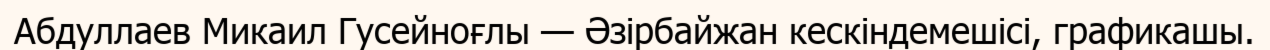
Абдуллаев Микаил Гусейноғлы — Әзірбайжан кескіндемешісі, графикашы.